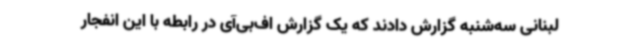
لبنانی سه‌شنبه گزارش دادند که یک گزارش اف‌بی‌آی در رابطه با این انفجار